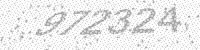
Solution: 972324